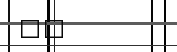
٦٥